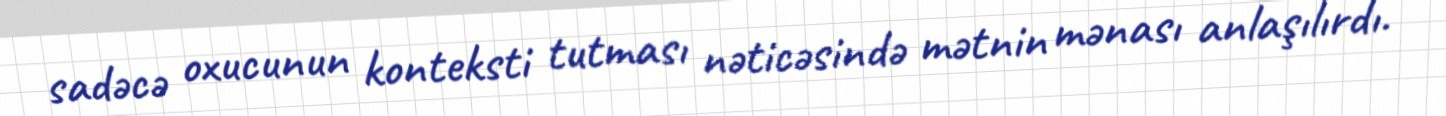
sadəcə oxucunun konteksti tutması nəticəsində mətnin mənası anlaşılırdı.